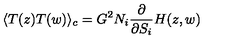
\langle T ( z ) T ( w ) \rangle _ { c } = G ^ { 2 } N _ { i } \frac { \partial } { \partial S _ { i } } H ( z , w )